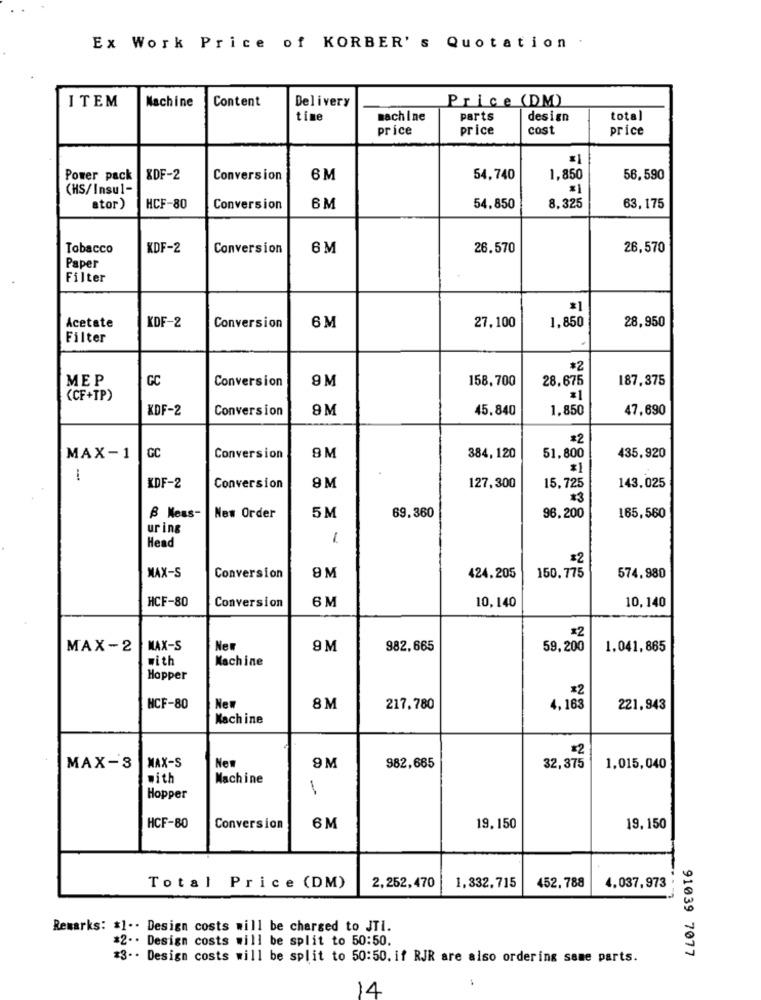
Ex Work Price of KORBER's Quotation .
ITEM
Machine
Content
Delivery
Price (DM)
time
machine
parts
design
total
price
price
cost
price
Power pack
XDF-2
Conversion
6M
54.740
1,850
56,590
(HS/Insul-
6M
63, 175
ator)
HCF-80
Conversion
54.850
8.325
Tobacco
KDF-2
Conversion
6M
26.570
26,570
Paper
Filter
KDF-2
28,950
Acetate
Conversion
6M
27,100
1,850
Filter
#2
MEP
GC
Conversion
9M
158,700
28.675
187,375
(CF+TP)
=1
KDF-2
Conversion
9M
45.840
1,850
47,690
*2
MAX-1
GC
Conversion
8M
384,120
51,800
435,920
* )
KDF-2
Conversion
9M
127,300
15,725
143.025
69.360
B Nens-
New Order
5M
96.200
165,560
uring
1
Head
$2
MAX-S
Conversion
9M
424.205
150.775
574.980
HCF-80
6 M
10,140
10,140
Conversion
*2
MAX-2
MAX-S
New
9 M
982,665
59,200
1.041,865
with
Machine
Hopper
*2
NCF-80
Ne
8M
217.780
4,163
221,943
Kach ine
*2
MAX-S
New
982,665
MAX-3
9M
32,375
1.015,040
with
Machine
Hopper
HCF-80
Conversion
6M
19,150
19,150
Total Price (DM)
2,252,470
1,332.715
452.788
4,037,973
Remarks: #1 .. Design costs will be charged to JTI.
#2 .. Design costs will be split to 50:50.
91039 7077
*3 -. Design costs will be split to 50:50. if RJR are also ordering some parts.
14